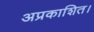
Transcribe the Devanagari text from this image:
अप्रकाशित।